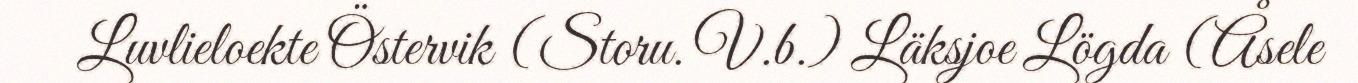
Luvlieloekte Östervik (Storu. V.b.) Läksjoe Lögda (Åsele